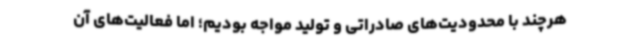
هرچند با محدودیت‌های صادراتی و تولید مواجه بودیم؛ اما فعالیت‌های آن